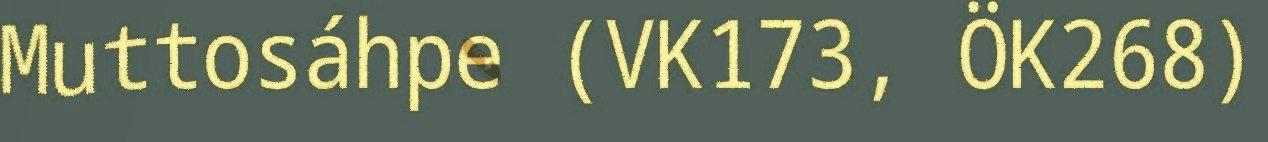
Muttosáhpe (VK173, ÖK268)